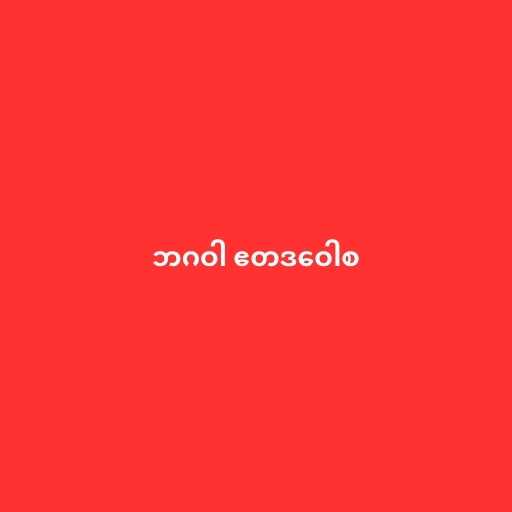
ဘဂဝါ ဧတဒဝေါစ